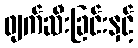
ဖျက်ဆီးခြင်းနှင့်